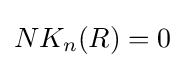
NK_{n}(R)=0